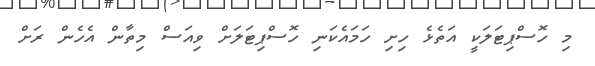
މި ހޮސްޕިޓަލަކީ އަތެޅެ ހިށި ހަމައެކަނި ހޮސްޕިޓަލަށް ވިއަސް މިތާން އެހެން ރަށް